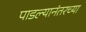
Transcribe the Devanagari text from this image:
पाडल्यानंतरच्या